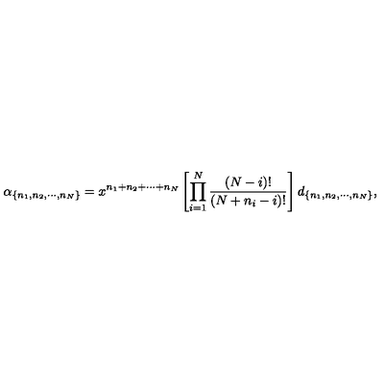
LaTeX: \alpha _ { \{ n _ { 1 } , n _ { 2 } , \cdots , n _ { N } \} } = x ^ { n _ { 1 } + n _ { 2 } + \cdots + n _ { N } } \left[ \prod _ { i = 1 } ^ { N } \frac { ( N - i ) ! } { ( N + n _ { i } - i ) ! } \right] d _ { \{ n _ { 1 } , n _ { 2 } , \cdots , n _ { N } \} } ,